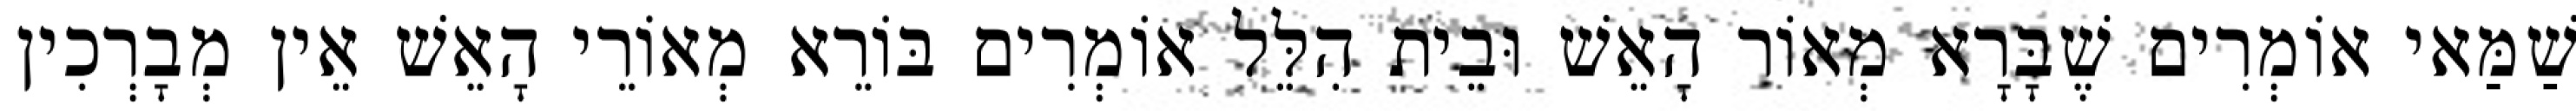
שַׁמַּאי אוֹמְרִים שֶׁבָּרָא מְאוֹר הָאֵשׁ וּבֵית הִלֵּל אוֹמְרִים בּוֹרֵא מְאוֹרֵי הָאֵשׁ אֵין מְבָרְכִין